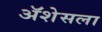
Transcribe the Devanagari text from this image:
ॲशेसला